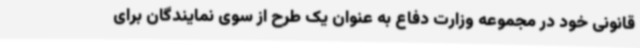
قانونی خود در مجموعه وزارت دفاع به عنوان یک طرح از سوی نمایندگان برای